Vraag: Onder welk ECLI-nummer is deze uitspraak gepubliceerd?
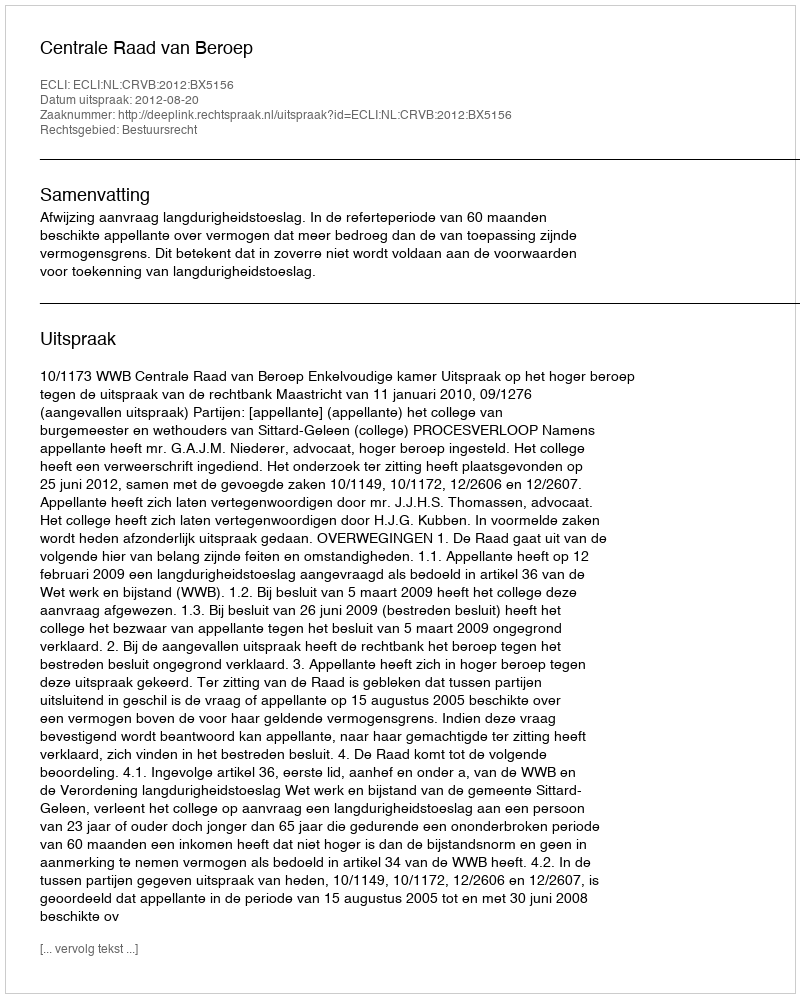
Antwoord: ECLI:NL:CRVB:2012:BX5156